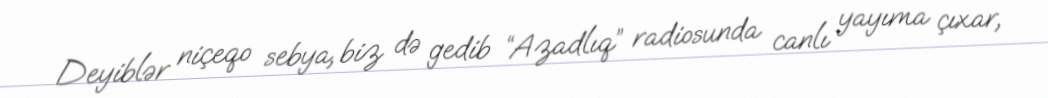
Deyiblər niçeqo sebya, biz də gedib “Azadlıq” radiosunda canlı yayıma çıxar,